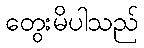
တွေးမိပါသည်